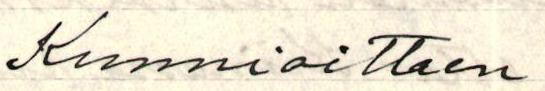
Kunnioittaen